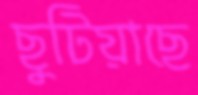
ছুটিয়াছে